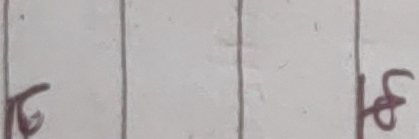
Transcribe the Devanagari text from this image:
गफ